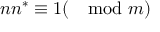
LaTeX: n n ^ { * } \equiv 1 ( \mod m )